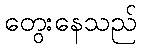
တွေးနေသည်